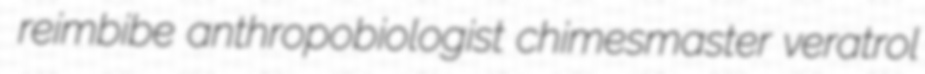
reimbibe anthropobiologist chimesmaster veratrol